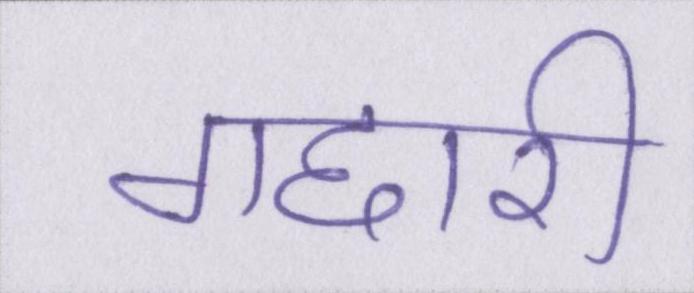
गद्दारी